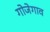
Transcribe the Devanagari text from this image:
गोजेगाव